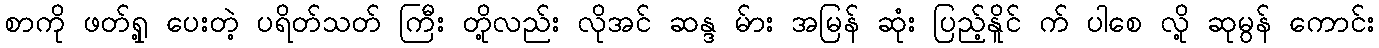
စာကို ဖတ်ရှု့ ပေးတဲ့ ပရိတ်သတ် ကြီး တို့လည်း လိုအင် ဆန္ဒ မ်ား အမြန် ဆုံး ပြည့်နိူင် က် ပါစေ လို့ ဆုမွန် ကောင်း